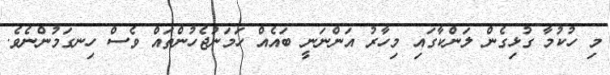
މި ހުކުމާ ގުޅިގެން ލަންކާގައި މިހާރު އަންނަނީ ބައެއް ހަމަނުޖެހުންތައް ވެސް ހިނގަމުންނެވެ.